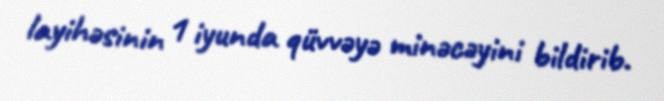
layihəsinin 1 iyunda qüvvəyə minəcəyini bildirib.